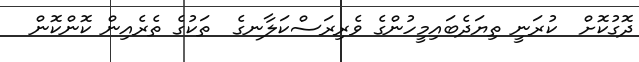
ދޮގުކޮށް  ކުރަނީ ތިޔަދެބައިމީހުންގެ ވެރިރަސްކަލާނގެ  ތަކުގެ ތެރެއިން ކޮންކޮން